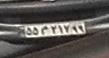
۵۵م۲۱۷۹۹